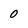
Character: 0